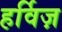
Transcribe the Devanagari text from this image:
हर्विज़